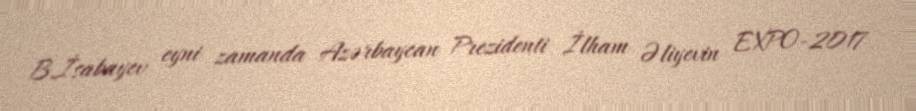
B.İsabayev eyni zamanda Azərbaycan Prezidenti İlham Əliyevin EXPO-2017